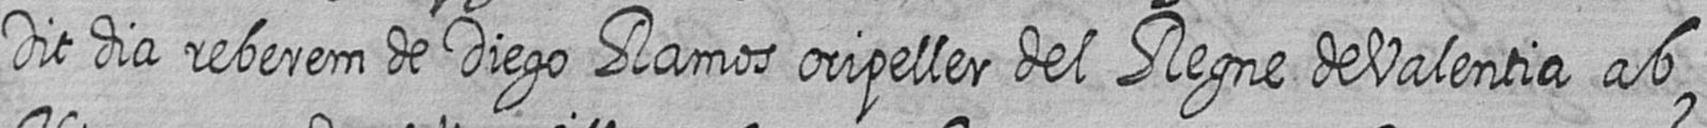
Dit dia reberem de Diego Ramos oripeller del Regne de Valentia ab